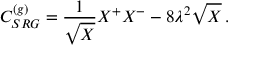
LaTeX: C _ { S R G } ^ { ( g ) } = \frac { 1 } { \sqrt { X } } X ^ { + } X ^ { - } - 8 \lambda ^ { 2 } \sqrt { X } \, .